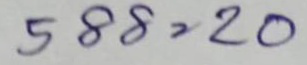
588 = 20